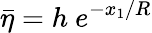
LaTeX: \bar{\eta}=h\ e^{-x_{1}/R}